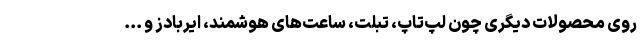
روی محصولات دیگری چون لپ‌تاپ، تبلت، ساعت‌های هوشمند، ایربادز و ...